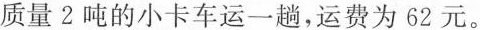
质量2吨的小卡车运一趟，运费为62元。